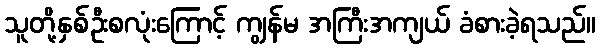
သူတို့နှစ်ဦးစလုံးကြောင့် ကျွန်မ အကြီးအကျယ် ခံစားခဲ့ရသည်။